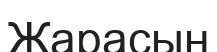
Жарасын